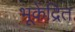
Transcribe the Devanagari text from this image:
भूकेंद्रित